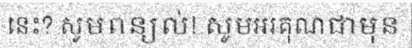
នេះ? សូមពន្យល់! សូមអរគុណជាមុន